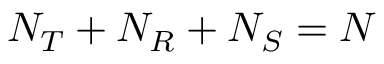
N _ { T } + N _ { R } + N _ { S } = N